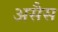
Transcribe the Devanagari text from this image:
असैस